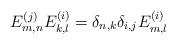
LaTeX: \begin{align*}E_{m,n}^{(j)} E_{k,l}^{(i)}= \delta_{n,k} \delta_{i,j} E_{m,l}^{(i)}\end{align*}